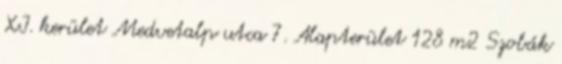
XI. kerület Medvetalp utca 7. Alapterület 128 m2 Szobák